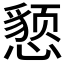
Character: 𰒖